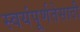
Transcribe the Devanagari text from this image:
स्वयंपूर्णतेसाठी